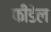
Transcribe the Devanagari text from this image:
फीडेल